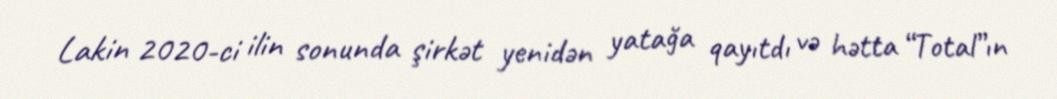
Lakin 2020-ci ilin sonunda şirkət yenidən yatağa qayıtdı və hətta “Total”ın